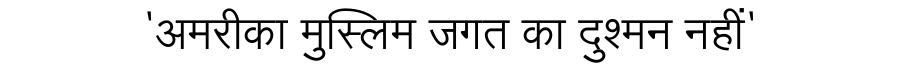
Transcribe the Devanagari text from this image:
'अमरीका मुस्लिम जगत का दुश्मन नहीं'